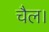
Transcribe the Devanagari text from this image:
चैल।